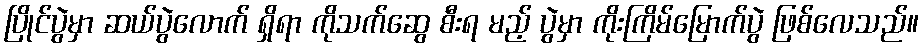
ပြိုင်ပွဲမှာ ဆယ်ပွဲလောက် ရှိရာ ကိုသက်ဆွေ စီးရ မည့် ပွဲမှာ ကိုးကြိမ်မြောက်ပွဲ ဖြစ်လေသည်။